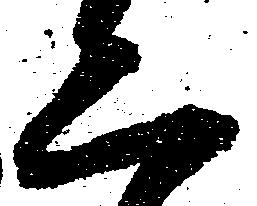
二